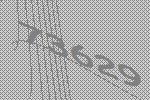
73629